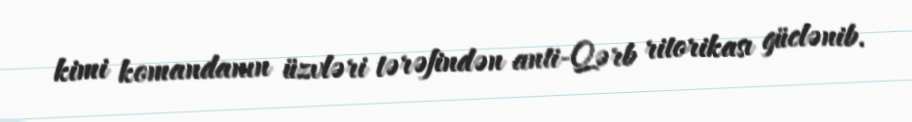
kimi komandanın üzvləri tərəfindən anti-Qərb ritorikası güclənib.